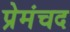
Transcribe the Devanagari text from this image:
प्रेमंचद